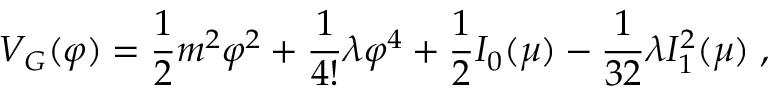
{ \cal V } _ { G } ( \varphi ) = { \frac { 1 } { 2 } } m ^ { 2 } \varphi ^ { 2 } + { \frac { 1 } { 4 ! } } \lambda \varphi ^ { 4 } + { \frac { 1 } { 2 } } I _ { 0 } ( \mu ) - { \frac { 1 } { 3 2 } } \lambda I _ { 1 } ^ { 2 } ( \mu ) \; ,